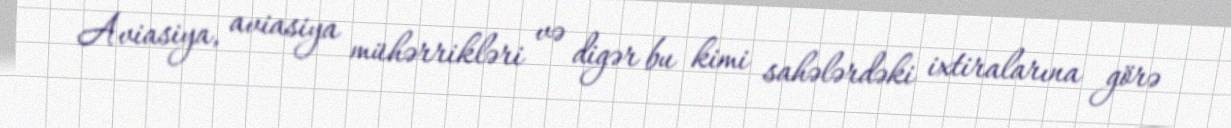
Aviasiya, aviasiya mühərrikləri və digər bu kimi sahələrdəki ixtiralarına görə